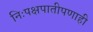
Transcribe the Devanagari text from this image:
निःपक्षपातीपणाही